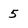
Character: 5